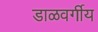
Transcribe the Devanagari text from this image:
डाळवर्गीय